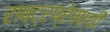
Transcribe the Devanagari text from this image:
राष्ट्रप्रेमाची